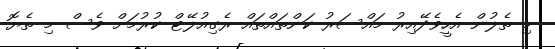
މި ތެލުން އެހީވެދޭއިރު މައްސަރު ކަންތައްތައް ރެގިއުލޭޓް ކުރުމަށް ވެސް މި ތެޔޮ